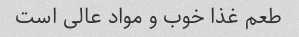
طعم غذا خوب و مواد عالی است